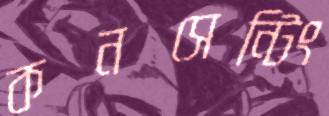
কনসেন্টিং